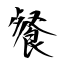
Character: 餐